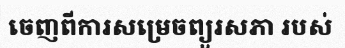
ចេញពីការសម្រេចព្យួរសភា របស់